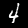
Label: 4